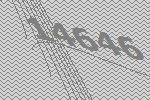
14646